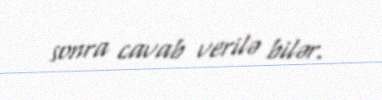
sonra cavab verilə bilər.